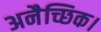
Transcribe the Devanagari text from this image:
अनैच्छिक।